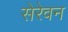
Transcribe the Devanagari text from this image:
सेरेवन